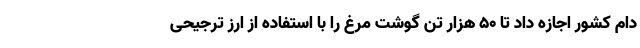
دام کشور اجازه داد تا ۵۰ هزار تُن گوشت مرغ را با استفاده از ارز ترجیحی